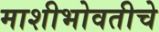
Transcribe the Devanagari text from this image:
माशीभोवतीचे